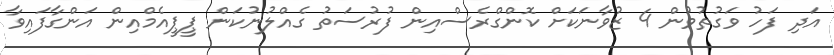
އަދި ފަހު ވަގުތުވުން 4 ޒުވާނަކަށް ކޮންގްރެސްއިން ފުރުސަތު ގެއްލުނުކަން ޕީޕީއެމްއިން އަންގާފައިވާ